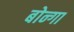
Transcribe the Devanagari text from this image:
बोन्‍गा